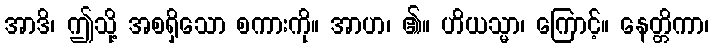
အာဒိ၊ ဤသို့ အစရှိသော စကားကို။ အာဟ၊ ၏။ ဟိယသ္မာ၊ ကြောင့်။ နေတ္တိကာ၊